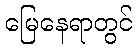
မြေနေရာတွင်